Vaccination in Bombay 1902-1912 - 1902-1912
Year: 1902
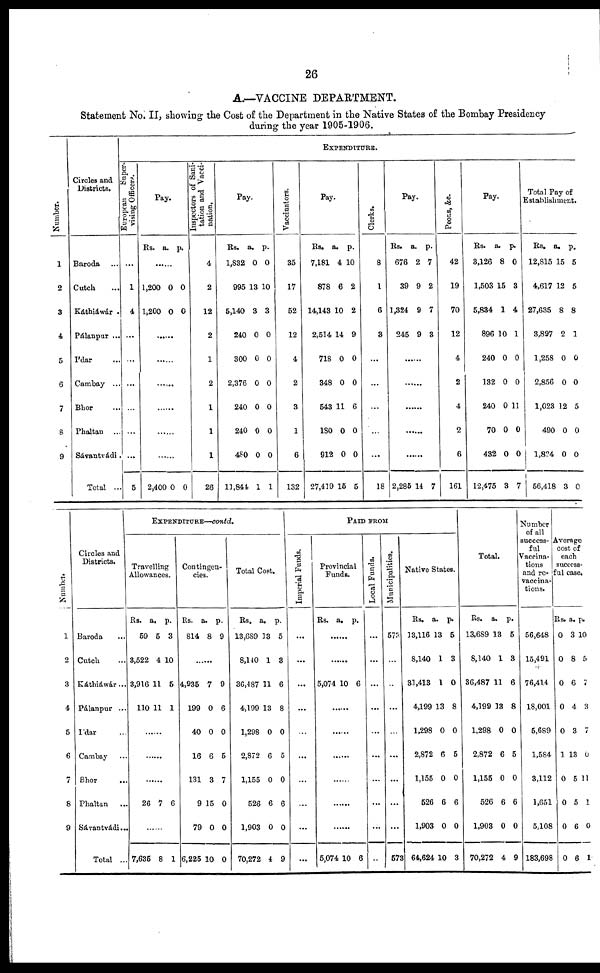
26
A.—VACCINE DEPARTMENT.
Statement No. II, showing the Cost of the Department in the Native States of the Bombay Presidency
during the year 1905-1906.
Number.
1
2
3
4
5
6
7
8
9
Circles and
Districts.
Baroda ...
Cutch ...
Káthiáwar .
Pálanpur ...
I'dar ...
Cambay ...
Bhor ...
Phaltan ...
Sávantvádi.
Total ...
EXPENDITURE.
European
Super-
vising Officers.
...
1
4
...
...
...
...
...
...
5
Pay.
Rs.
a. p.
......
1,200
1,200
0
0
0
0
......
......
......
......
......
......
2,400 0 0
Inspectors of Sani-
tation and Vacci-
nation.
4
2
12
2
1
2
1
1
1
26
Pay.
Rs.
1,832
995
5,140
240
300
2,376
240
240
480
11,844
a.
0
13
3
0
0
0
0
0
0
1
p.
0
10
3
0
0
0
0
0
0
1
Vaccinators.
35
17
52
12
4
2
3
1
6
132
Pay.
Rs.
7,181
878
14,143
2,514
718
348
543
180
912
27,419
a.
4
6
10
14
0
0
11
0
0
15
p.
10
2
2
9
0
0
6
0
0
5
Clerks.
8
1
6
3
...
...
...
...
...
18
Pay.
Rs.
676
39
1,324
245
a.
2
9
9
9
p.
7
2
7
3
......
......
......
......
2,285 14 7
Peons, &c.
42
19
70
12
4
2
4
2
6
161
Pay.
Rs.
3,126
1,503
5,834
896
240
132
240
70
432
12,475
a.
8
15
1
10
0
0
0
0
0
3
p.
0
3
4
1
0
0
11
0
0
7
Total Pay of
Establishment.
Rs.
12,815
4,617
27,635
3,897
1,258
2,856
1,023
490
1,824
56,418
a.
15
12
8
2
0
0
12
0
0
3
p.
5
5
8
1
0
0
5
0
0
0
Number.
1
2
3
4
5
6
7
8
9
Circles and
Districts.
Baroda ...
Cutch ...
Káthiáwár...
Pálanpur ...
I'dar ...
Cambay ...
Bhor ...
Phaltan ...
Sávantvádi...
Total ...
EXPENDITURE—contd.
Travelling
Allowances.
Rs.
59
3,522
3,916
110
a.
5
4
11
11
p.
3
10
5
1
......
......
......
26 7 6
......
7,635 8 1
Contingen-
cies.
Rs.
814
a.
8
p.
9
......
4,935
199
40
16
131
9
79
6,225
7
0
0
6
3
15
0
10
9
6
0
5
7
0
0
0
Total Cost.
Rs.
13,689
8,140
36,487
4,199
1,298
2,872
1,155
526
1,903
70,272
a.
13
1
11
13
0
6
0
6
0
4
p.
5
3
6
8
0
5
0
6
0
9
PAID FROM
Imperial Funds.
...
...
...
...
...
...
...
...
...
...
Provincial
Funds.
Rs.
a. p.
......
......
5,074 10 6
......
......
......
......
......
......
5,074 10 6
Local Funds.
...
...
...
...
...
...
...
...
...
...
Municipalities.
573
...
...
...
...
...
...
...
...
573
Native States.
Rs.
13,116
8,140
31,413
4,199
1,298
2,872
1,155
526
1,903
64,624
a.
13
1
1
13
0
6
0
6
0
10
p.
5
3
0
8
0
5
0
6
0
3
Total.
Rs.
13,689
8,140
36,487
4,199
1,298
2,872
1,155
526
1,903
70,272
a.
13
1
11
13
0
6
0
6
0
4
p.
5
3
6
8
0
5
0
6
0
9
Number
of all
success-
ful
Vaccina-
tions
and re¬
vaccina-
tions.
56,648
15,491
76,414
18,001
5,689
1,584
3,112
1,651
5,108
183,698
Average
cost of
each
success-
ful case.
Rs.
0
0
0
0
0
1
0
0
0
0
a.
3
8
6
4
3
13
5
5
6
6
p.
10
5
7
3
7
0
11
1
0
1